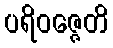
ပရိဝဇ္ဇေတိ